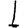
Digit: 1